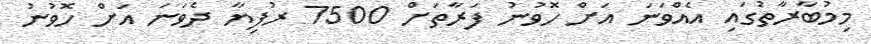
މިމުބާރާތުގައި އެއްވަނަ އަށް ހޮވުނު ފަރާތަށް 7500 ރުފިޔާ ދެވަނަ އަށް ހޮވުނު